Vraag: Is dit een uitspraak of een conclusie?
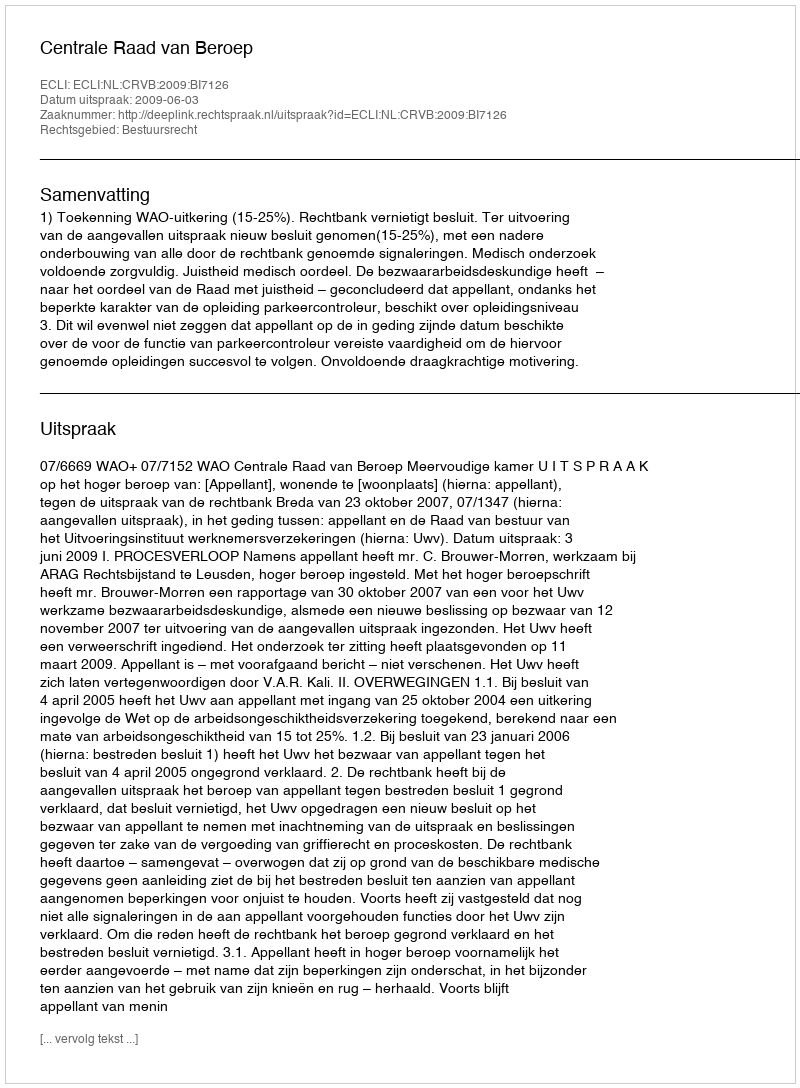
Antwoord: Uitspraak